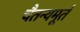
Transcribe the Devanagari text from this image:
चैतन्यमूर्त